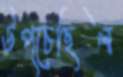
উপ্‌চেছিল